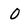
Character: O